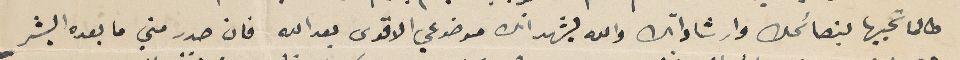
طالما تحبيها بنصائحك وارشاداتك والله يشهد انك موضوعي الاقوى بعد الله فان صدر مني ما بعده البشر